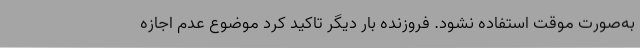
به‌صورت موقت استفاده نشود. فروزنده بار دیگر تاکید کرد موضوع عدم اجازه